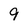
Character: 9